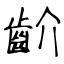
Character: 齘